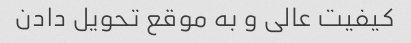
کیفیت عالی و به موقع تحویل دادن